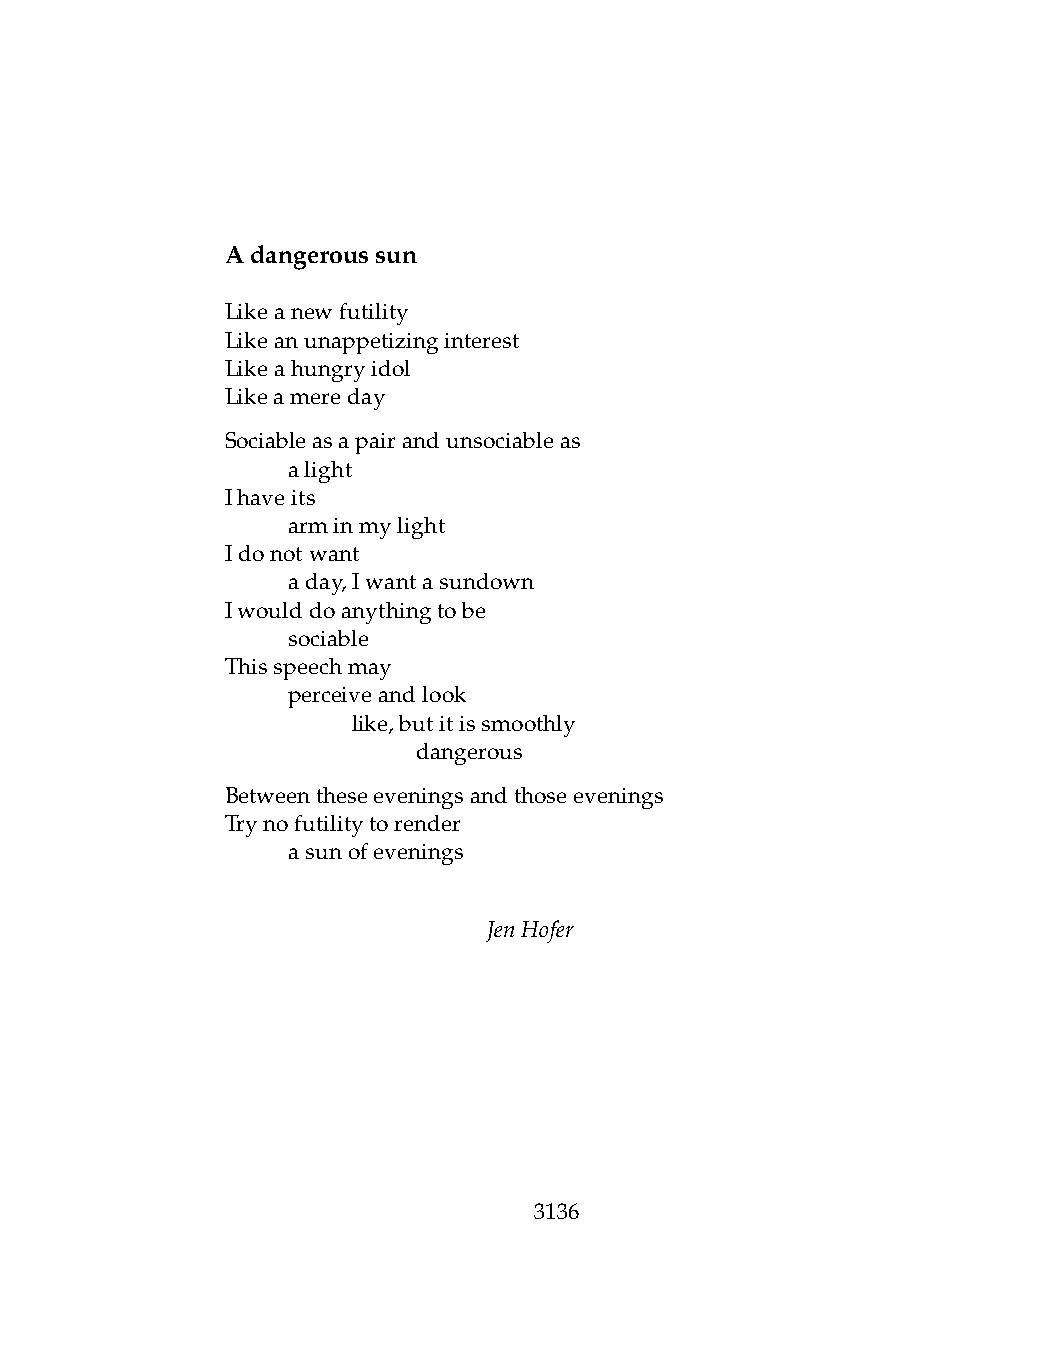
Adangeroussun
 Likeanewfutility
 Likeanunappetizinginterest
 Likeahungryidol
 Likeamereday
 Sociableasapairandunsociableas
 .   alight
 Ihaveits
 .   arminmylight
 Idonotwant
 .   aday,Iwantasundown
 Iwoulddoanythingtobe
 .   sociable
 Thisspeechmay
 .   perceiveandlook
 .   .   like,butitissmoothly
 .   .   .    dangerous
 Betweentheseeveningsandthoseevenings
 Trynofutilitytorender
 .   asunofevenings
 JenHofer
 3136